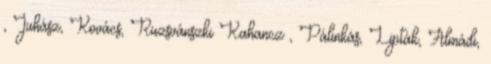
, Juhász, Kovács, Ruzsvánszki Kahancz , Pálinkás, Lipták, Almádi,